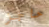
حاجز